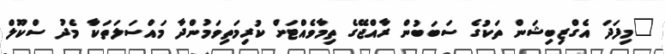
"މިފަދަ އެގްޒިބިޝަން ތަކުގެ ސަބަބުން ރާއްޖޭގެ ތިމާވެއްޓަށް ކުރިމަތިވަމުންދާ މައްސަލަތަކާ މެދު ސްކޫލް